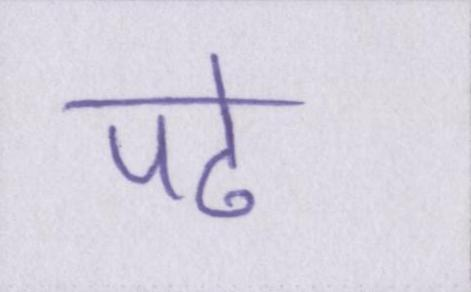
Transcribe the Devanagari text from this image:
पढे